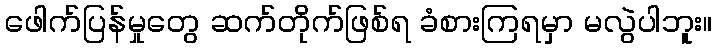
ဖေါက်ပြန်မှုတွေ ဆက်တိုက်ဖြစ်ရ ခံစားကြရမှာ မလွဲပါဘူး။